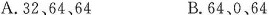
A. 32、64、64 B. 64、0、64